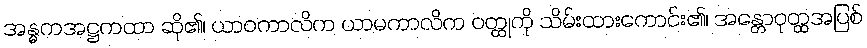
အန္ဓကအဋ္ဌကထာ ဆို၏၊ ယာဝကာလိက ယာမကာလိက ဝတ္ထုကို သိမ်းထားကောင်း၏၊ အန္တောဝုတ္ထအပြစ်